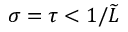
\sigma = \tau < 1 / \widetilde { L }